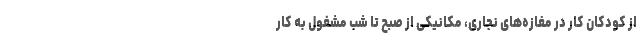
از کودکان کار در مغازه‌های نجاری، مکانیکی از صبح تا شب مشغول به کار